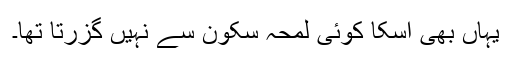
یہاں بھی اسکا کوئی لمحہ سکون سے نہیں گزرتا تھا۔